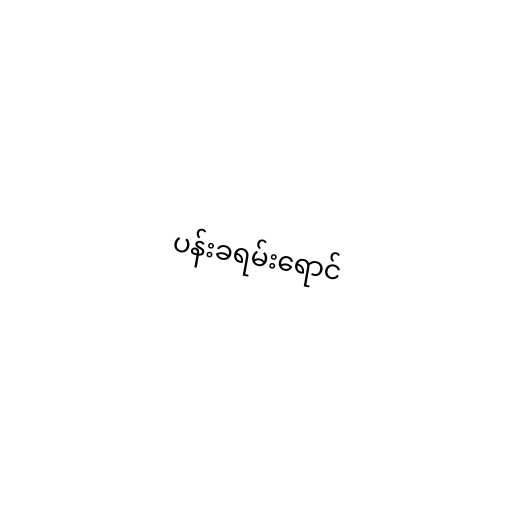
ပန်းခရမ်းရောင်